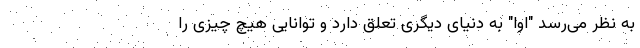
به نظر می‌رسد "اوا" به دنیای دیگری تعلق دارد و توانایی هیچ چیزی را